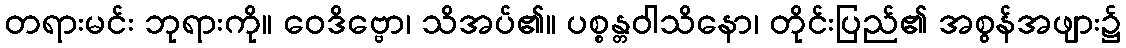
တရားမင်း ဘုရားကို။ ဝေဒိဗ္ဗော၊ သိအပ်၏။ ပစ္စန္တဝါသိနော၊ တိုင်းပြည်၏ အစွန်အဖျား၌